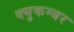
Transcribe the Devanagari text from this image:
क्युकम्बर